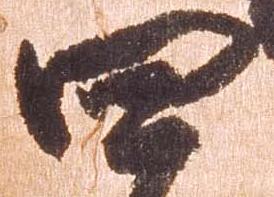
四